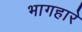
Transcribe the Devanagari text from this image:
भागहारे